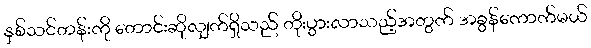
နှစ်သင်တန်းကို တောင်းဆိုလျှက်ရှိသည် တိုးပွားလာသည့်အတွက် အခွန်ကောက်မယ်